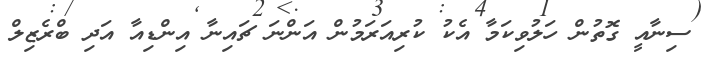
ސިނާއީ ގޮތުން ހަލުވިކަމާ އެކު ކުރިއަރަމުން އަންނަ ޗައިނާ އިންޑިއާ އަދި ބްރެޒިލް